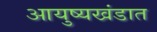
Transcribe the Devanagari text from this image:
आयुष्यखंडात